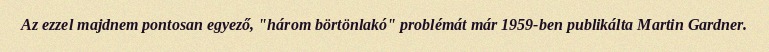
Az ezzel majdnem pontosan egyező, "három börtönlakó" problémát már 1959-ben publikálta Martin Gardner.